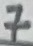
Text: 7